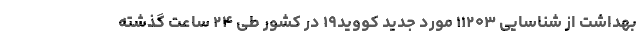
بهداشت از شناسایی ۱۱۲۰۳ مورد جدید کووید۱۹ در کشور طی ۲۴ ساعت گذشته